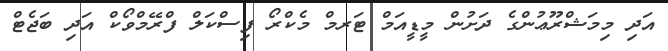
އަދި މިމަޝްރޫޢުންގެ ދަށުން މީޑީއަމް ޓަރމް މެކްރޯ ފިސްކަލް ފްރޭމްވޯކް އަދި ބަޖެޓް